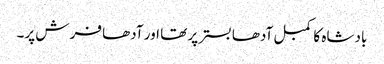
بادشاہ کا کمبل آدھا بستر پر تھا اور آدھا فرش پر۔